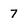
Character: 7